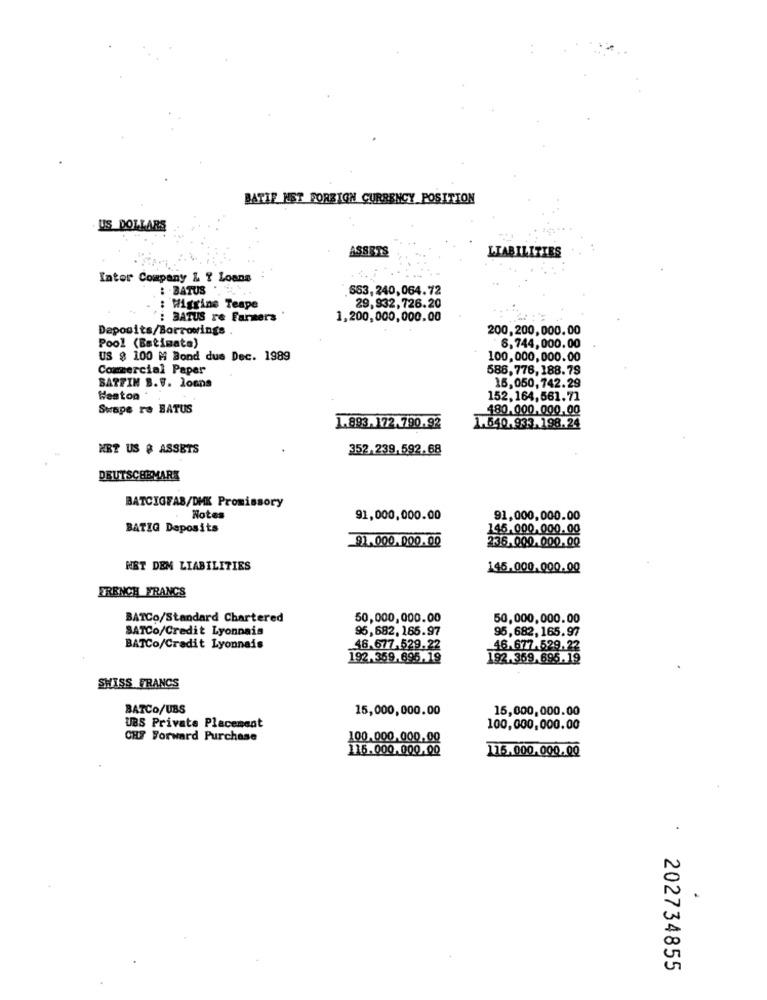
BATIE NET FOREIGN CURRENCY POSITION
US DOLLARS
ASSETS
LIABILITIES
Inter Company & T Loans
: BATUS
553,240,064.72
Wiggins Teape
29,932,726.20
: BATUS re Farmers
1,200,000,000.00
Deposits/Borrowings
200,200,000.00
Pool (Batimats)
6.744,000.00
US $ 100 M Bond dus Dec. 1989
100,000,000.00
Commercial Paper
586,776, 188.79
BATFIN B.V. loans
16,050,742.29
Heaton
152,164,561.71
Swape re BATUS
480,000.000,00
1.893.172.790.92
1.640.933.198.24
HRT US & ASSETS
352.239,592.68
DEUTSCHEMARK
BATCIGFAB/DMK Promissory
Notes
91,000,000.00
91,000,000.00
BATIG Deposits
145,000,000.00
92.000.000.00
236.000.000.00
HET DEM LIABILITIES
145,000.000.00
FRENCH FRANCS
BATCo/Standard Chartered
50,000,000.00
50,000,000.00
SATCo/Credit Lyonnais
96,682, 165.97
95,682,165.97
BATCo/Credit Lyonnais
46.677.529.22
46.677.529.22
192.359,695, 19
192.369. 695. 19
SWISS FRANCS
BATCO/UBS
15,000,000.00
15,000,000.00
UBS Private Placement
100,000,000.00
CHF Forward Purchase
100.000. 000.00
115.000.000,00
115.000.000.00
.
202734855